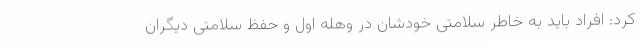
کرد: افراد باید به خاطر سلامتی خودشان در وهله اول و حفظ سلامتی دیگران